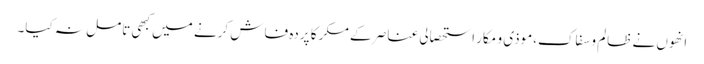
انھوں نے ظالم و سفاک،موذی و مکار استحصالی عناصر کے مکر کا پردہ فاش کرنے میں کبھی تامل نہ کیا۔